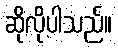
ဆိုလိုပါသည်။